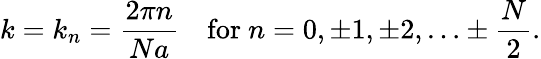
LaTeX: k=k_{n}={\frac{2\pi n}{Na}}\quad{\mathrm{for~}}n=0,\pm 1,\pm 2,\ldots\pm{\frac{N}{2}}.